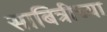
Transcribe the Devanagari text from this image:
साबित्रीच्या